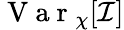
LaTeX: \mathrm{~V~a~r~}_{\chi}[\mathcal{I}]